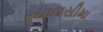
રયાલસીમા